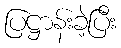
ပြဋ္ဌာန်းခဲ့ပြီး